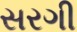
સરગી